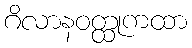
ဂိလာနဝတ္ထုကထာ